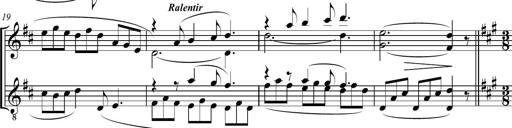
Title: Sonatine bureaucratique
Composer: Erik Satie